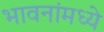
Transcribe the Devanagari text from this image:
भावनांमध्ये